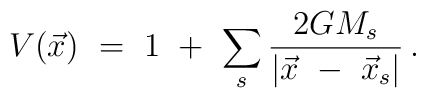
V(\vec{x})\ =\ 1\ +\ \sum_{s}\frac{2G M_s}{|\vec x\ -\ \vec x_s|}\, .